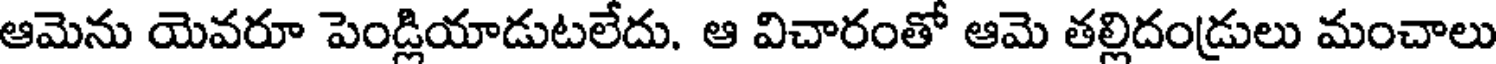
ఆమెను యెవరూ పెండ్లియాడుటలేదు. ఆ విచారంతో ఆమె తల్లిదండ్రులు మంచాలు